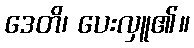
ဒေတိ၊ ပေးလှူ၏။